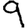
Digit: 9